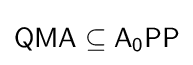
{\mathsf {QMA}}\subseteq {\mathsf {A_{0}PP}}